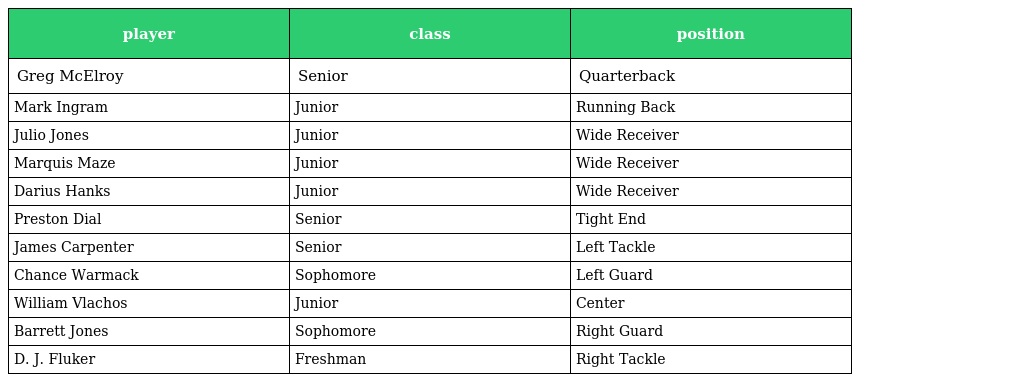
| player | class | position |
 | --- | --- | --- |
 | Greg McElroy | Senior | Quarterback |
 | Mark Ingram | Junior | Running Back |
 | Julio Jones | Junior | Wide Receiver |
 | Marquis Maze | Junior | Wide Receiver |
 | Darius Hanks | Junior | Wide Receiver |
 | Preston Dial | Senior | Tight End |
 | James Carpenter | Senior | Left Tackle |
 | Chance Warmack | Sophomore | Left Guard |
 | William Vlachos | Junior | Center |
 | Barrett Jones | Sophomore | Right Guard |
 | D. J. Fluker | Freshman | Right Tackle |